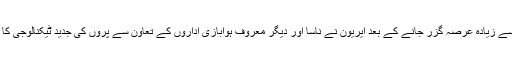
ایک دہائی سے زیادہ عرصہ گزر جانے کے بعد ایریون نے ناسا اور دیگر معروف ہوابازی اداروں کے تعاون سے پروں کی جدید ٹیکنالوجی کا مظاہرہ کیا۔